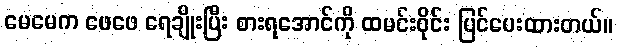
မေမေက ဖေဖေ ရေချိုးပြီး စားရအောင်ကို ထမင်းဝိုင်း ပြင်ပေးထားတယ်။